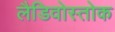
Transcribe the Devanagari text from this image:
लैडिवोस्तोक